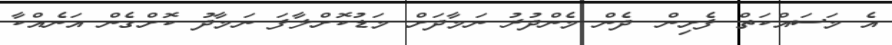
އެ މަސައްކަތް ފެށިން. ދެން މެންދުރު ނަމާދަށް މަޑުކޮށްލާފަ ނަމާދު ކޮށްގެން އަނެއްކާ